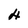
Character: 4